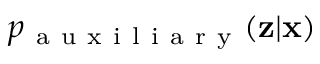
p _ { \mathrm { ~ a ~ u ~ x ~ i ~ l ~ i ~ a ~ r ~ y ~ } } ( \mathbf { z } | \mathbf { x } )